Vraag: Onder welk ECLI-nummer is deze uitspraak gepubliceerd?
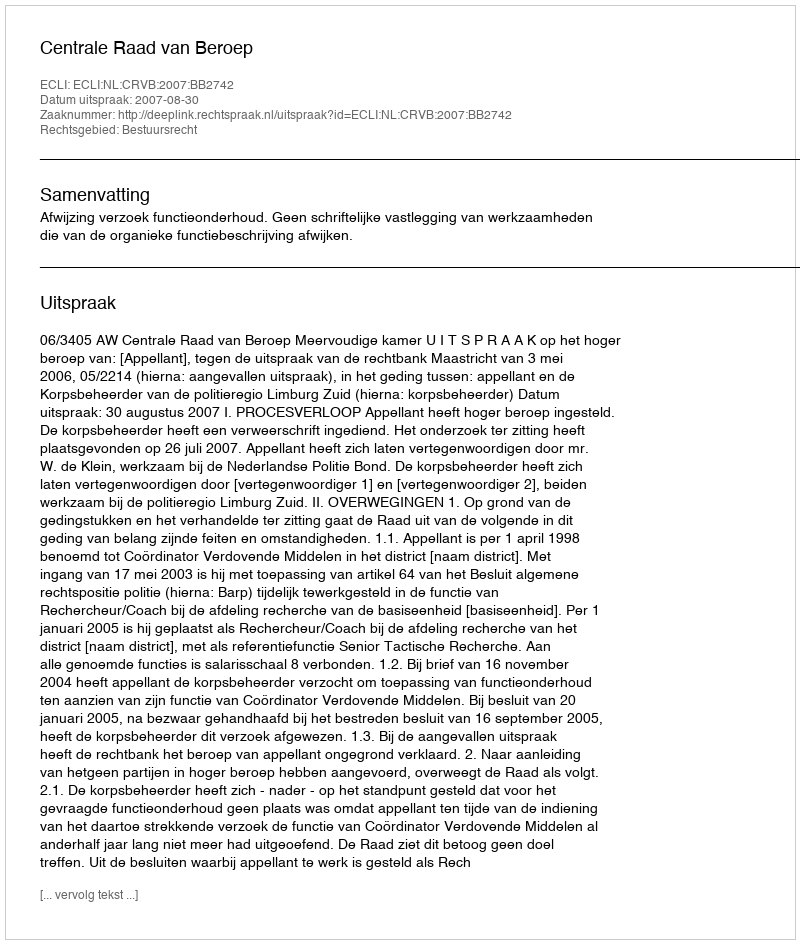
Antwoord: ECLI:NL:CRVB:2007:BB2742